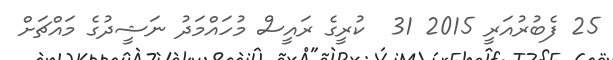
25 ފެބުރުއަރީ 2015 31  ކުރީގެ ރައީސް މުހައްމަދު ނަޝީދުގެ މައްޗަށް